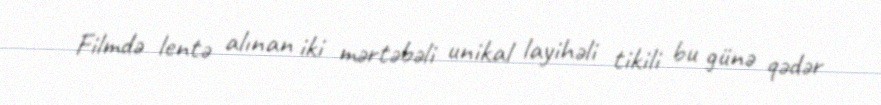
Filmdə lentə alınan iki mərtəbəli unikal layihəli tikili bu günə qədər